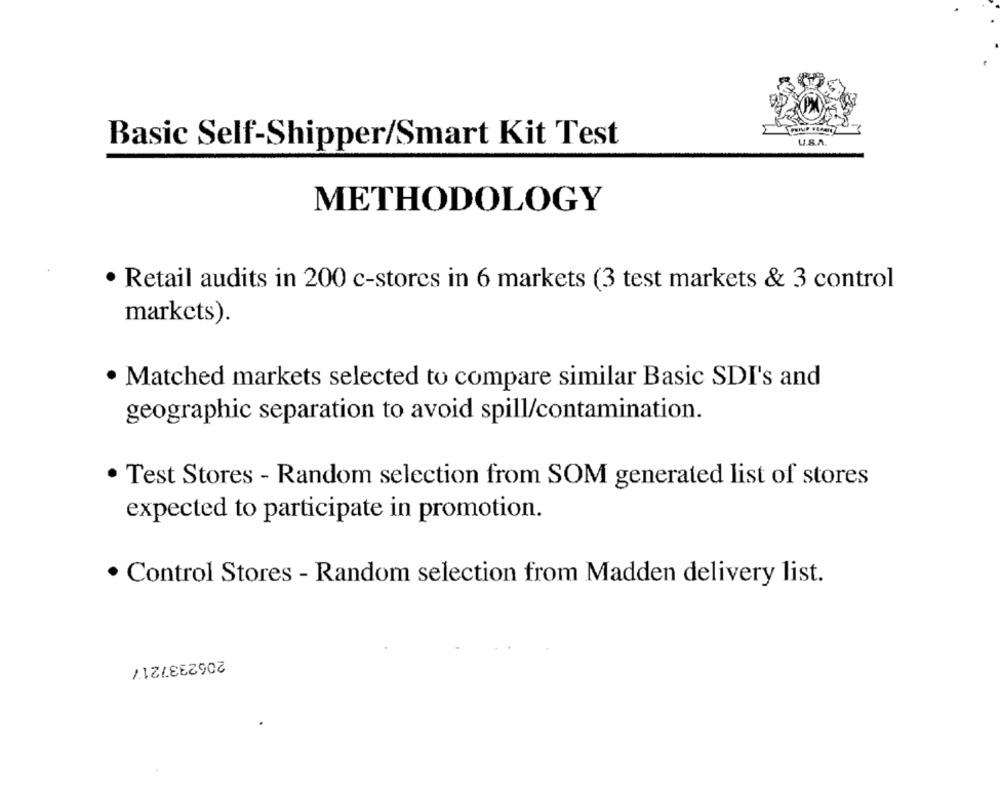
U.S.A.
Basic Self-Shipper/Smart Kit Test
METHODOLOGY
· Retail audits in 200 c-stores in 6 markets (3 test markets & 3 control
markets).
· Matched markets selected to compare similar Basic SDI's and
geographic separation to avoid spill/contamination.
· Test Stores - Random selection from SOM generated list of stores
expected to participate in promotion.
· Control Stores - Random selection from Madden delivery list.
2062337217